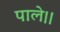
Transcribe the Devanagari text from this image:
पाले।।